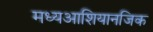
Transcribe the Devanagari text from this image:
मध्यआशियानजिक